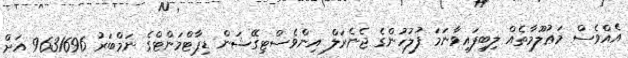
އެއްވެސް މަޢުލޫމާތެއް ލިބިފައިވާނަމަ ފުލުހުންގެ ޖެނެރަލް އިންވެސްޓިގޭޝަން ޑިޕާޓްމަންޓްގެ ނަމްބަރު 9631696 އަށް